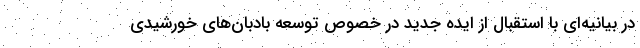
در بیانیه‌ای با استقبال از ایده جدید در خصوص توسعه بادبان‌های خورشیدی